Vaccine operations Central Provinces 1886-1899 - 1886-1899
Year: 1886
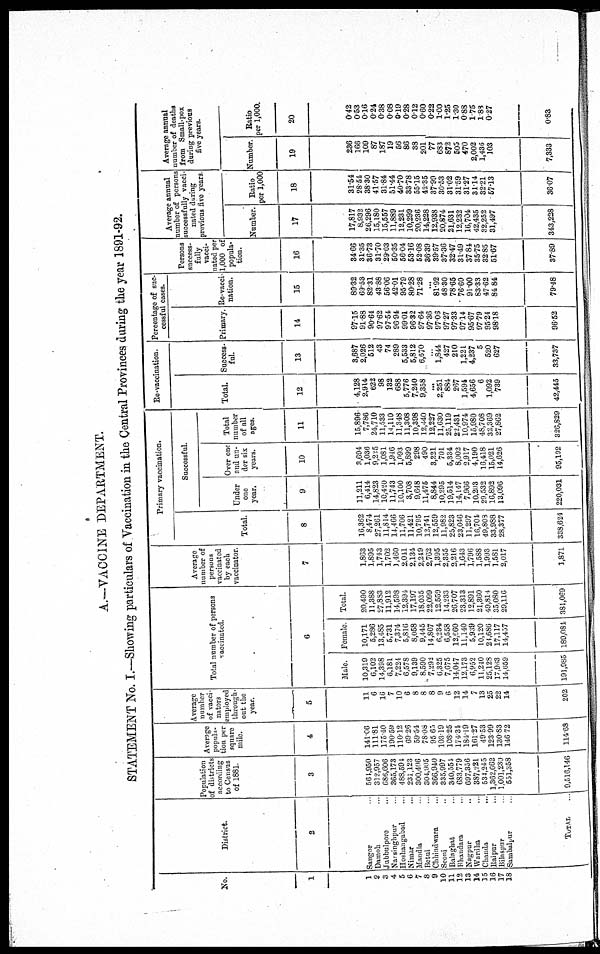
A.—VACCINE DEPARTMENT.
STATEMENT No. I.—Showing particulars of Vaccination in the Central Provinces during the year 1891-92.
No.
1
1
2
3 4
5
6
7
8
9
10
11
12
13
14
15
16
17
18
District.
2
Saugor ...
Damoh ...
Jubbulpore ...
Narsinghpur ...
Hoshangabad ...
Nimar ...
Mandla ...
Betul ...
Chhindwara ...
Seoni ...
Balaghat ...
Bhandara ...
Nagpur ...
Wardha ...
Chanda ...
Raipur ...
Bilaspur ...
Sambalpur ...
TOTAL ...
Population
of districts
according
to Census
of 1881.
3
564,950
312,957
686,606
365,173
488,594
231,123
300,496
304,905
366,940
335,997
340,554
683,779
697,356
387,221
534,245
1,362,662
1,001,230
551,358
9,516,146
Average
popula-
tion per
square
mile.
4
141.06
111.81
175.40
190.59
110.12
60.26
59.54
78.08
95.65
103.19
108.25
174.34
184.19
161.27
49.53
123.99
130.83
146.72
114.68
Average
number
of vacci-
nators
employed
through¬
out the
year.
5
11
6
16
7
10
6
8
8
8
9
6
12
14
7
13
25
22
14
202
Total number of persons
vaccinated.
6
Male.
10,319
6,102
14,398
6,181
7,224
6,578
9,139
8,590
7,292
6,325
7,675
14,047
12,173
6,952
11,240
25,128
17,963
14,059
191,985
Female.
10,171
5,286
13,485
5,731
7,374
5,816
8,058
9,445
14,807
6,234
6,558
12,660
11,140
5,939
10,120
21,686
17,117
14,437
189,081
Total.
20,490
11,388
27,883
11,912
14,598
12,394
17,197
18,035
22,099
12,559
14,233
26,707
23,313
12,891
21,360
49,814
35,080
29,116
381,069
Average
number of
persons
vaccinated
by each
vaccinator.
7
1,863
1,895
1,743
1,702
1,460
2,041
2,134
2,219
2,762
1,395
2,355
2,216
1,643
1,796
1,588
1,993
1,581
2,017
1,871
Primary vaccination.
Total.
8
16,362
8,474
27,261
11,814
14,466
11,706
11,421
10,795
12,741
12,559
11,982
25,823
23,046
11,297
16,704
49,803
33,988
28,377
338,624
Successful.
Under
one
year.
9
11,211
6,414
14,823
10,420
11,743
10,100
3,708
9,648
11,475
8,844
10,295
19,514
14,147
7,966
10,203
29,532
16,892
13,096
220,031
Over one
and un-
der six
years.
10
3,694
1,036
9,225
1,081
1,946
1,093
5,899
298
490
3,221
701
5,334
8,002
2,917
4,190
16,418
15,021
14,626
95,192
Total
number
of all
ages.
11
15,896
7,786
24,710
11,533
14,110
11,348
11,308
10,398
12,440
12,227
11,630
25,119
22,431
10,974
15,980
48,708
32,369
27,862
326,829
Re-vaccination.
Total.
12
4,128
2,914
622
98
132
688
5,776
7,240
9,358
...
2,251
884
267
1,594
4,656
6
1,092
739
42,445
Success-
ful.
13
3,687
2,026
512
43
74
289
5,533
5,812
6,670
...
1,844
427
210
1,221
4,237
5
520
627
33,737
Percentage of suc¬
cessful cases.
Primary.
14
97.15
91.88
90.64
97.62
97.54
96.94
99.01
96.32
97.64
97.36
97.06
97.27
97.33
97.14
95.67
97.79
95.24
98.18
96.52
Re-vacci-
nation.
15
89.32
69.53
82.31
43.88
56.06
42.01
95.79
80.28
71.28
...
81.92
48.30
78.65
76.60
91.00
83.33
47.62
84.84
79.48
Persons
success-
fully
vacci-
nated per
1,000 of
popula-
tion.
16
34.66
31.35
36.73
81.70
29.03
50.35
56.04
53.16
52.08
36.39
39.57
37.36
32.47
31.49
37.84
35.75
32.85
51.67
37.89
Average annual
number of persons
successfully vacci-
nated during
previous five years
Number.
17
17,817
8,932
26,296
15,180
15,557
11,889
12,231
10,299
20,236
14,228
12,938
20,874
21,631
12,232
16,704
42,435
32,252
31,497
343,228
Ratio
per 1,000
18
31.54
28.54
38.30
41.57
31.84
51.44
40.70
33.78
55.15
42.35
37.99
30.53
31.02
31.59
31.27
31.14
32.21
57.13
36.07
Average annual
number of deaths
from Small-pox
during previous
five years.
Number.
19
236
166
109
87
187
19
56
86
38
201
77
683
872
505
470
2,002
1,436
103
7,333
Ratio
per 1,000.
20
0.42
0.53
0.16
0.24
0.38
0.08
0.19
0.28
0.12
0.60
0.22
1.00
1.25
1.30
0.88
1.75
1.83
0.27
0.83